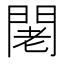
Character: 𨴛